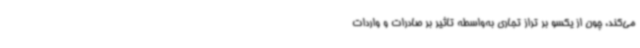
می‌کند، چون از یکسو بر تراز تجاری به‌واسطه تاثیر بر صادرات و واردات